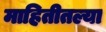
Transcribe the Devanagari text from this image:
माहितीतल्या